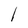
Character: l